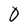
Character: O